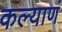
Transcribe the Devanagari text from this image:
कल्याणं